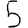
Digit: 5